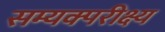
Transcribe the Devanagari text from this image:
सम्यक्परीक्ष्य